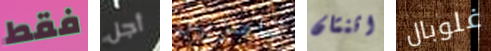
فقط أجل تامزين اثنتان غلوبال